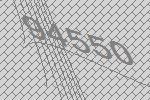
94550